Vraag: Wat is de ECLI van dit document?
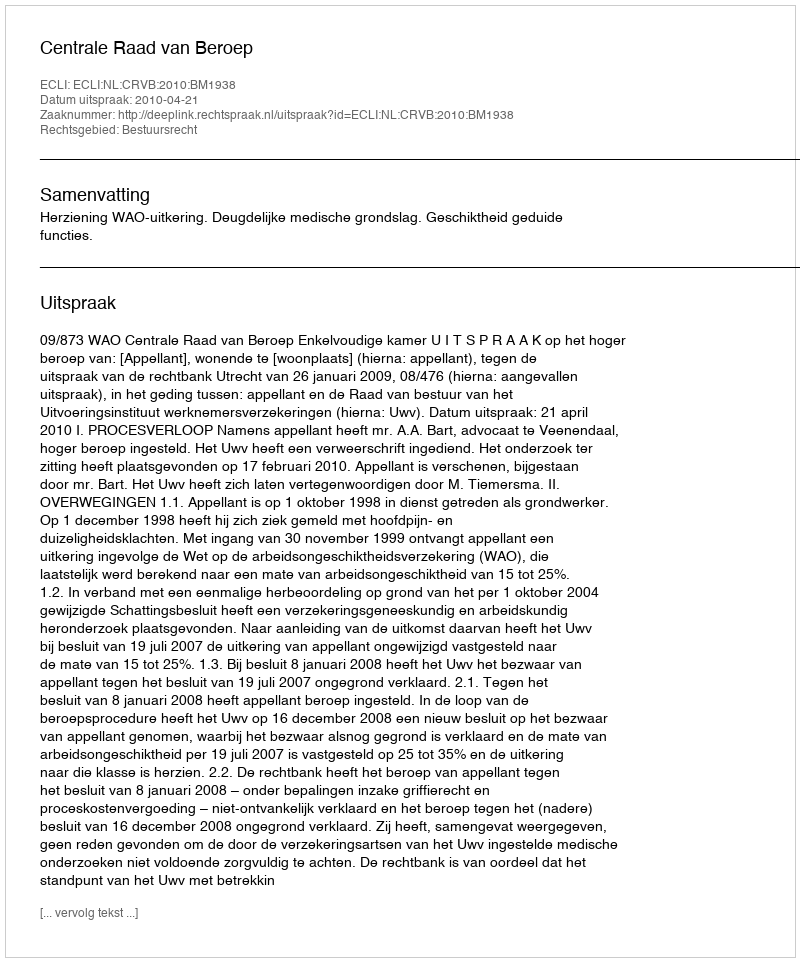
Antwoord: ECLI:NL:CRVB:2010:BM1938